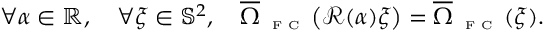
\forall \alpha \in \mathbb { R } , \quad \forall \xi \in \mathbb { S } ^ { 2 } , \quad \overline { { \Omega } } _ { \textnormal { \tiny { F C } } } \big ( \mathcal { R } ( \alpha ) \xi \big ) = \overline { { \Omega } } _ { \textnormal { \tiny { F C } } } ( \xi ) .